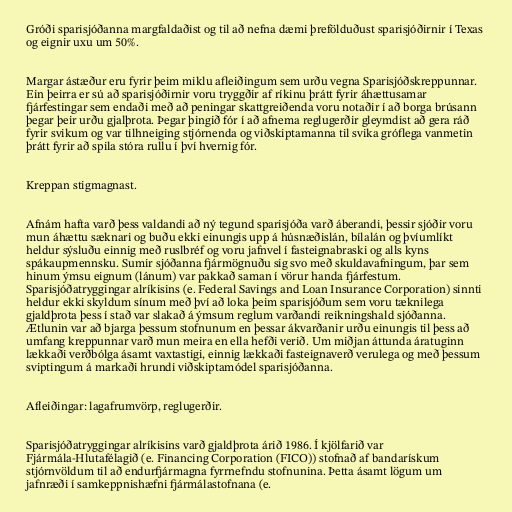
Gróði sparisjóðanna margfaldaðist og til að nefna dæmi þrefölduðust sparisjóðirnir í Texas
og eignir uxu um 50%.

Margar ástæður eru fyrir þeim miklu afleiðingum sem urðu vegna Sparisjóðskreppunnar.
Ein þeirra er sú að sparisjóðirnir voru tryggðir af ríkinu þrátt fyrir áhættusamar
fjárfestingar sem endaði með að peningar skattgreiðenda voru notaðir í að borga brúsann
þegar þeir urðu gjalþrota. Þegar þingið fór í að afnema reglugerðir gleymdist að gera ráð
fyrir svikum og var tilhneiging stjórnenda og viðskiptamanna til svika gróflega vanmetin
þrátt fyrir að spila stóra rullu í því hvernig fór.

Kreppan stigmagnast.

Afnám hafta varð þess valdandi að ný tegund sparisjóða varð áberandi, þessir sjóðir voru
mun áhættu sæknari og buðu ekki einungis upp á húsnæðislán, bílalán og þvíumlíkt
heldur sýsluðu einnig með ruslbréf og voru jafnvel í fasteignabraski og alls kyns
spákaupmennsku. Sumir sjóðanna fjármögnuðu sig svo með skuldavafningum, þar sem
hinum ýmsu eignum (lánum) var pakkað saman í vörur handa fjárfestum.
Sparisjóðatryggingar alríkisins (e. Federal Savings and Loan Insurance Corporation) sinnti
heldur ekki skyldum sínum með því að loka þeim sparisjóðum sem voru tæknilega
gjaldþrota þess í stað var slakað á ýmsum reglum varðandi reikningshald sjóðanna.
Ætlunin var að bjarga þessum stofnunum en þessar ákvarðanir urðu einungis til þess að
umfang kreppunnar varð mun meira en ella hefði verið. Um miðjan áttunda áratuginn
lækkaði verðbólga ásamt vaxtastigi, einnig lækkaði fasteignaverð verulega og með þessum
sviptingum á markaði hrundi viðskiptamódel sparisjóðanna.

Afleiðingar: lagafrumvörp, reglugerðir.

Sparisjóðatryggingar alríkisins varð gjaldþrota árið 1986. Í kjölfarið var
Fjármála-Hlutafélagið (e. Financing Corporation (FICO)) stofnað af bandarískum
stjórnvöldum til að endurfjármagna fyrrnefndu stofnunina. Þetta ásamt lögum um
jafnræði í samkeppnishæfni fjármálastofnana (e.